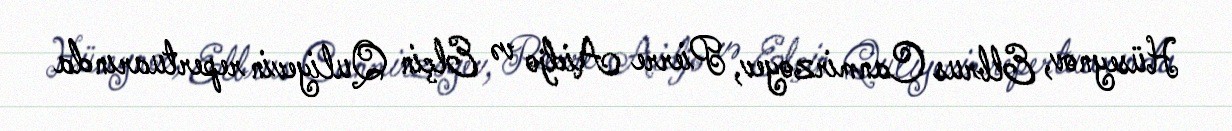
Hüseynov, Elbrus Canmirzoyev, Pierre Aidjo və Elçin Quliyevin repertuarında